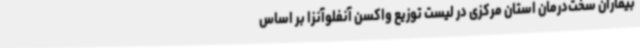
بیماران سخت‌درمان استان مرکزی در لیست توزیع واکسن آنفلوآنزا بر اساس